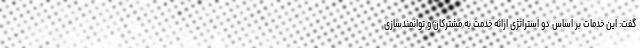
گفت: این خدمات بر اساس دو استراتژی ارائه خدمت به مشترکان و توانمندسازی